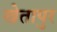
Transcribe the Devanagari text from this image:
खेतापुर